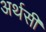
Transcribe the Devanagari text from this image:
अर्थसी